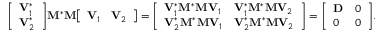
{ \left[ \begin{array} { l } { \mathbf { V } _ { 1 } ^ { * } } \\ { \mathbf { V } _ { 2 } ^ { * } } \end{array} \right] } \mathbf { M } ^ { * } \mathbf { M } { \left[ \begin{array} { l l } { \mathbf { V } _ { 1 } } & { \mathbf { V } _ { 2 } } \end{array} \right] } = { \left[ \begin{array} { l l } { \mathbf { V } _ { 1 } ^ { * } \mathbf { M } ^ { * } \mathbf { M } \mathbf { V } _ { 1 } } & { \mathbf { V } _ { 1 } ^ { * } \mathbf { M } ^ { * } \mathbf { M } \mathbf { V } _ { 2 } } \\ { \mathbf { V } _ { 2 } ^ { * } \mathbf { M } ^ { * } \mathbf { M } \mathbf { V } _ { 1 } } & { \mathbf { V } _ { 2 } ^ { * } \mathbf { M } ^ { * } \mathbf { M } \mathbf { V } _ { 2 } } \end{array} \right] } = { \left[ \begin{array} { l l } { \mathbf { D } } & { 0 } \\ { 0 } & { 0 } \end{array} \right] } .